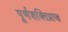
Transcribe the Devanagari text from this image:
पूर्णशक्तिप्राप्त